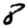
Digit: 8